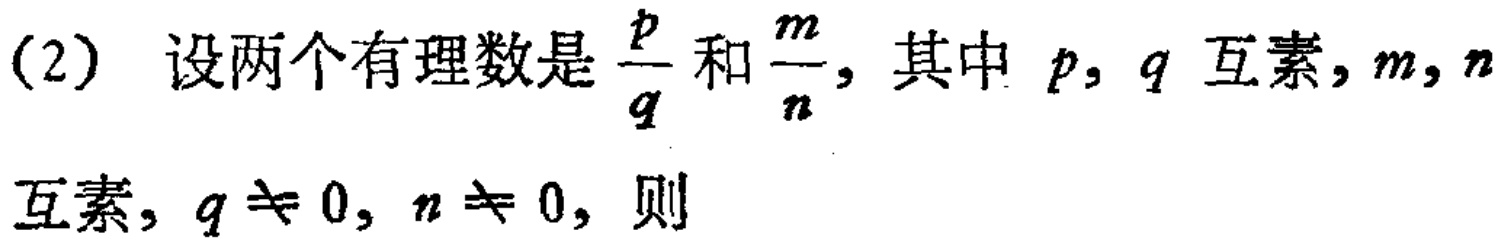
(2) 设两个有理数是$\frac{p}{q}$和$\frac{m}{n}$，其中$p,q$互素，$m,n$互素，$q\neq 0$，$n\neq 0$，则